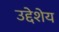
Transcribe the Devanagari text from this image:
उद्देशेय